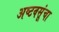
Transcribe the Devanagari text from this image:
अष्टवसूंचा